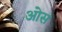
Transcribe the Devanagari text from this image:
आेस